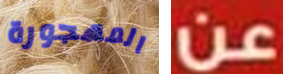
المهجورة عن